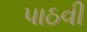
પાઠવી